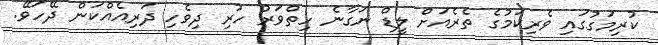
ކުރިމަގުގައި ވެރިކަމުގެ ތެރެއަށް ލީޑް ނަގާނެ ހިތްވަރު ހުރި ދިވެހި ދަރިއެއްކަން ދޭހަވޭ.